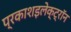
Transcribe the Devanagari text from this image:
प्रकाशइलेक्ट्रॉन